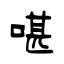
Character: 啿